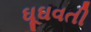
ઘૂઘવતી